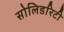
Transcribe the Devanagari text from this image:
सोलिडरिटी